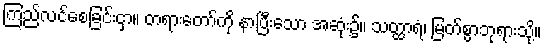
ကြည်လင်စေခြင်းငှာ။ တရားတော်ကို နာပြီးသော အဆုံး၌။ သတ္ထာရံ၊ မြတ်စွာဘုရားသို့။